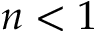
n < 1